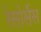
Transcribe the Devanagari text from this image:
रेसोर्सेस